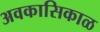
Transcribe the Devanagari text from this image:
अवकासिकाळ